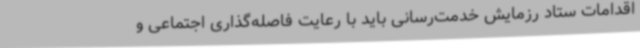
اقدامات ستاد رزمایش خدمت‌رسانی باید با رعایت فاصله‌گذاری اجتماعی و